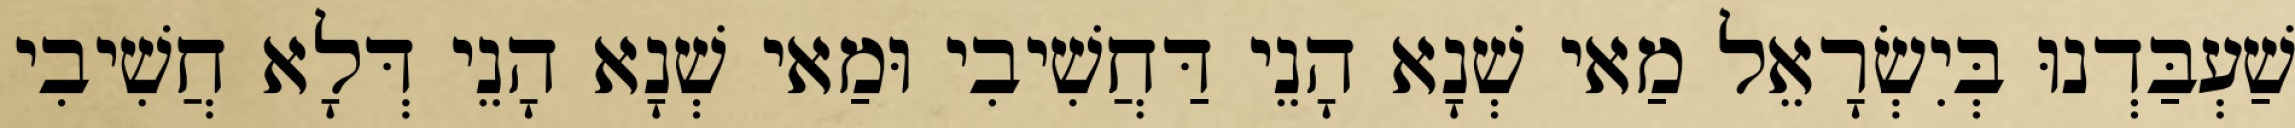
שַׁעְבַּדְנוּ בְּיִשְׂרָאֵל מַאי שְׁנָא הָנֵי דַּחֲשִׁיבִי וּמַאי שְׁנָא הָנֵי דְּלָא חֲשִׁיבִי